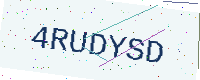
Text: 4RUDYSD